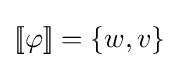
[\![\varphi ]\!]=\{w,v\}